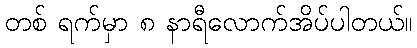
တစ် ရက်မှာ ၈ နာရီလောက်အိပ်ပါတယ်။